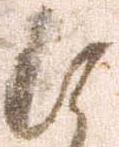
に